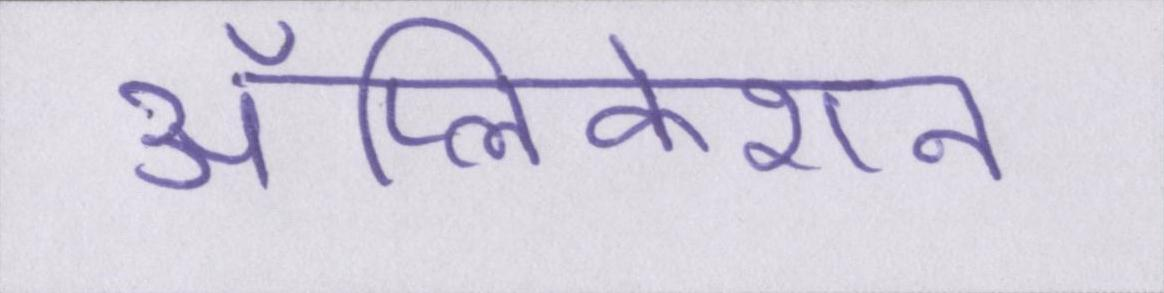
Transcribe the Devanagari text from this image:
ॲप्लिकेशन